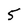
Character: 5